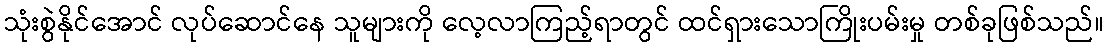
သုံးစွဲနိုင်အောင် လုပ်ဆောင်နေ သူများကို လေ့လာကြည့်ရာတွင် ထင်ရှားသောကြိုးပမ်းမှု တစ်ခုဖြစ်သည်။